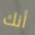
أنك